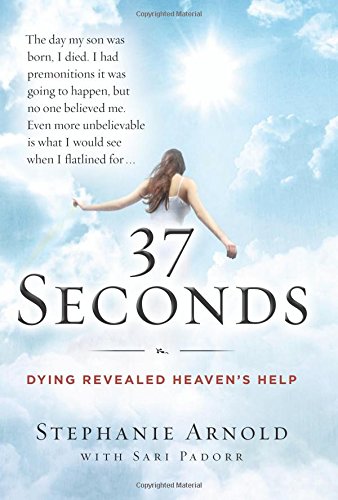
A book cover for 37 Seconds: Dying Revealed Heaven's Help--A Mother's Journey; Stephanie Arnold; Religion & Spirituality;